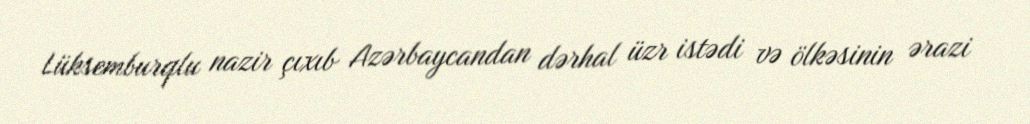
Lüksemburqlu nazir çıxıb Azərbaycandan dərhal üzr istədi və ölkəsinin ərazi